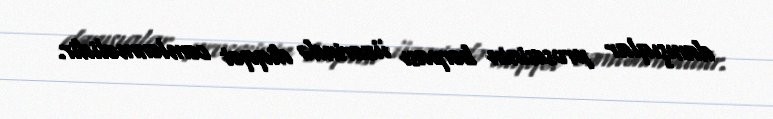
danışıqlar prosesinin bərpası üzərində diqqət cəmlənməlidir.